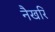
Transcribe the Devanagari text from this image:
नैखरि